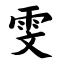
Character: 雯